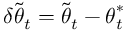
\delta \tilde { { \boldsymbol { \theta } } } _ { t } = \tilde { { \boldsymbol { \theta } } } _ { t } - { \boldsymbol { \theta } } _ { t } ^ { * }